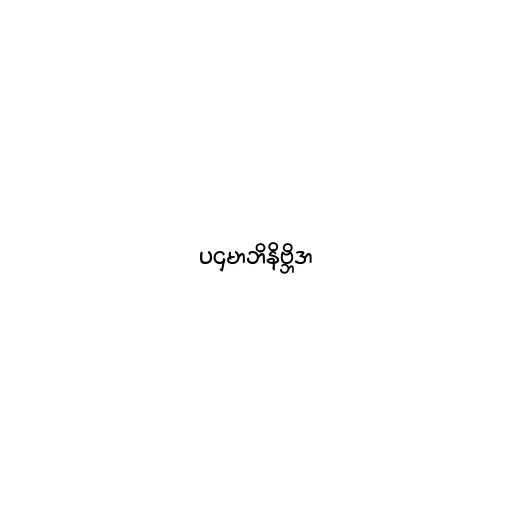
ပဌမာဘိနိဗ္ဘိဒာ